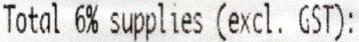
TOTAL 6% SUPPLIES (EXCL. GST):